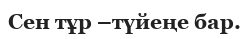
Сен тұр –түйеңе бар.